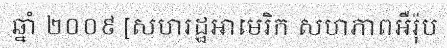
ឆ្នាំ ២០០៩ [សហរដ្ឋអាមេរិក សហភាពអឺរ៉ុប